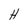
Character: H